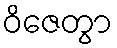
ဝိဇေတွာ